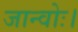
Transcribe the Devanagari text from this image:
जान्वोः।